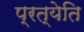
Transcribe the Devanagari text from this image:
प्रत्येति